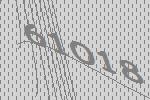
61018